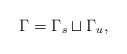
\begin{align*} \Gamma = \Gamma_s \sqcup \Gamma_u,\end{align*}